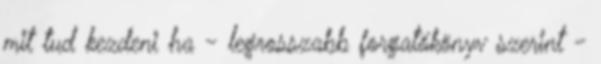
mit tud kezdeni ha - legrosszabb forgatókönyv szerint -